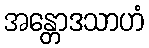
အန္တောဒသာဟံ